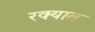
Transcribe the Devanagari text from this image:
रक्यात